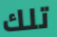
تلك